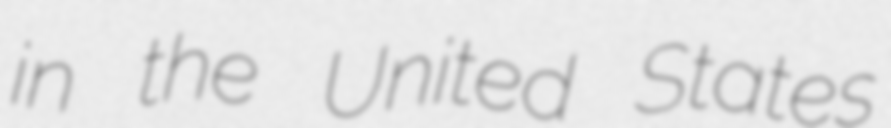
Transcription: in the United States